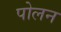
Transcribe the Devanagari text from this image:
पोलन